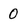
Character: O